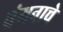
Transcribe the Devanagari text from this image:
वंगनाचे